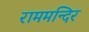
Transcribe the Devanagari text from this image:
राममन्दिर